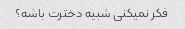
فکر نمیکنی شبیه دخترت باشه؟